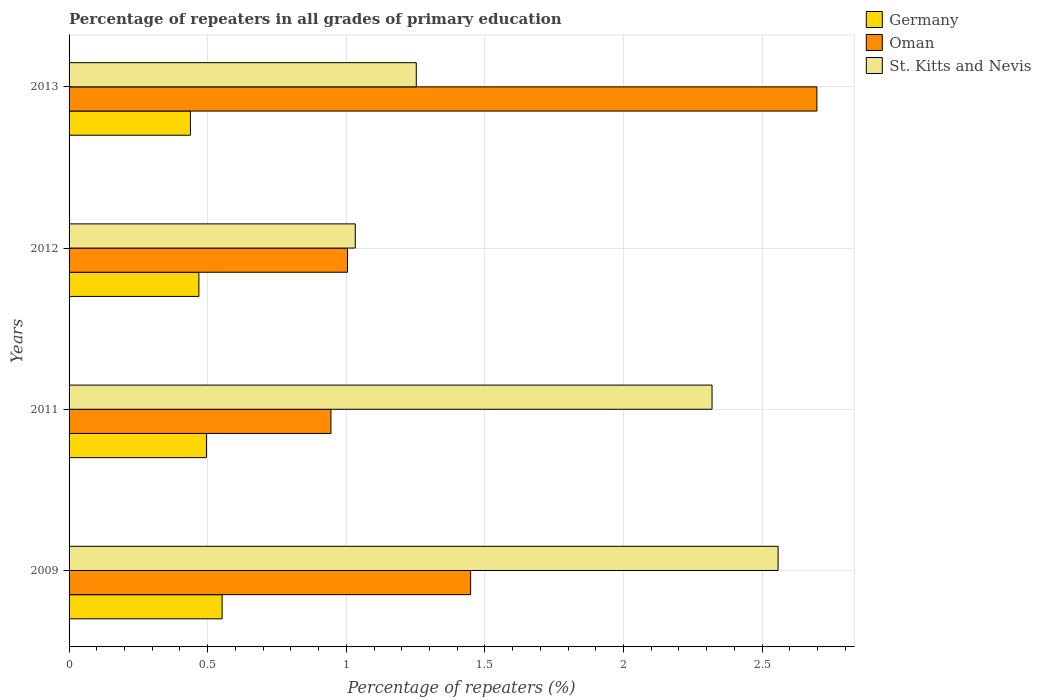
| Years | Germany | Oman | St. Kitts and Nevis |
 | --- | --- | --- | --- |
 | 2009 | 0.552 | 1.45 | 2.56 |
 | 2011 | 0.496 | 0.945 | 2.32 |
 | 2012 | 0.468 | 1 | 1.03 |
 | 2013 | 0.438 | 2.7 | 1.25 |